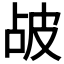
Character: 𤿝